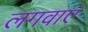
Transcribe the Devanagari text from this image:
लगवाएं